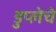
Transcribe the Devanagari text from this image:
डुप्लेचे